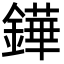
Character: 鏵